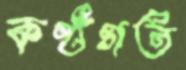
কণ্ঠগত